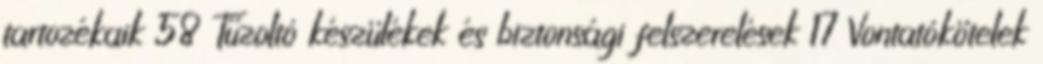
tartozékaik 58 Tűzoltó készülékek és biztonsági felszerelések 17 Vontatókötelek